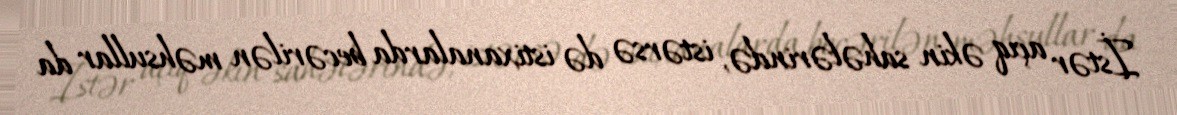
İstər açıq əkin sahələrində, istərsə də istixanalarda becərilən məhsullar da